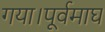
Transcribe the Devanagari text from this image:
गया।पूर्वमाघ